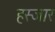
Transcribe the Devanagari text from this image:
हस्जार